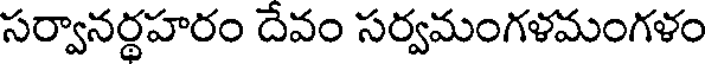
సర్వానర్థహరం దేవం సర్వమంగళమంగళం